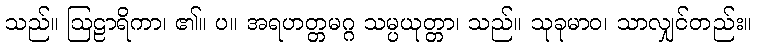
သည်။ ဩဠာရိကာ၊ ၏။ ပ။ အရဟတ္တမဂ္ဂ သမ္ပယုတ္တာ၊ သည်။ သုခုမာဝ၊ သာလျှင်တည်း။